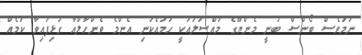
ނަމަވެސް ބޯންސް ބުނީ މެންޔޫގެ މައްސަލައަކީ ހަމައެކަނި އެންމެ ވެންހާލްއާ ގުޅިފައިވާ ކަމެއް